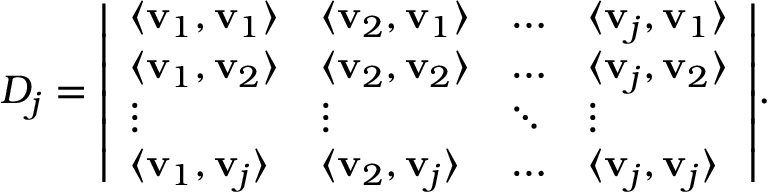
D _ { j } = { \left| \begin{array} { l l l l } { \langle \mathbf { v } _ { 1 } , \mathbf { v } _ { 1 } \rangle } & { \langle \mathbf { v } _ { 2 } , \mathbf { v } _ { 1 } \rangle } & { \dots } & { \langle \mathbf { v } _ { j } , \mathbf { v } _ { 1 } \rangle } \\ { \langle \mathbf { v } _ { 1 } , \mathbf { v } _ { 2 } \rangle } & { \langle \mathbf { v } _ { 2 } , \mathbf { v } _ { 2 } \rangle } & { \dots } & { \langle \mathbf { v } _ { j } , \mathbf { v } _ { 2 } \rangle } \\ { \vdots } & { \vdots } & { \ddots } & { \vdots } \\ { \langle \mathbf { v } _ { 1 } , \mathbf { v } _ { j } \rangle } & { \langle \mathbf { v } _ { 2 } , \mathbf { v } _ { j } \rangle } & { \dots } & { \langle \mathbf { v } _ { j } , \mathbf { v } _ { j } \rangle } \end{array} \right| } .